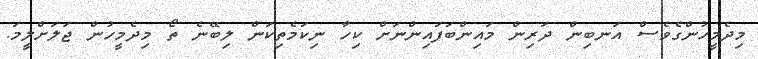
މިދެމީހުންގެވެސް އަނބިން ދަރިން މައިންބަފައިންނަށް ކިހާ ނިކަމެތިކަން ލިބޭނެ ތޯ މިދެމީހުން ޖަލަށްލީމަ.